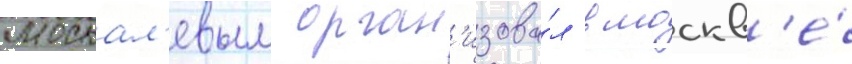
москал'евым орган'изова́л в москв'е́